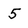
Character: 5